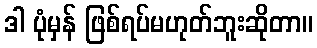
ဒါ ပုံမှန် ဖြစ်ရပ်မဟုတ်ဘူးဆိုတာ။